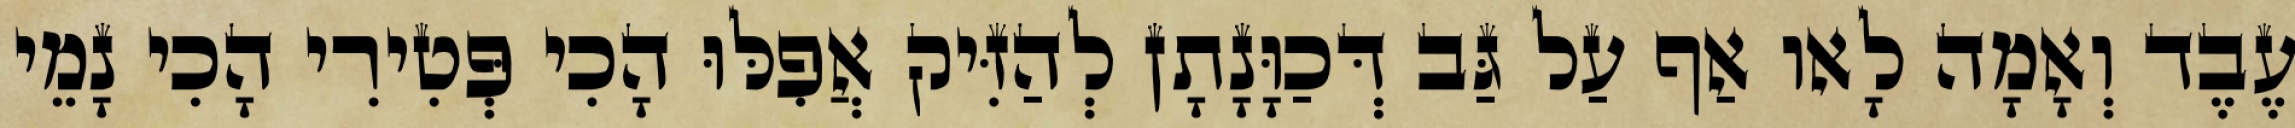
עֶבֶד וְאָמָה לָאו אַף עַל גַּב דְּכַוָּנָתָן לְהַזִּיק אֲפִלּוּ הָכִי פְּטִירִי הָכִי נָמֵי